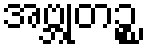
အဗ္ဘုတဉ္စ